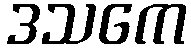
ဒသကေ